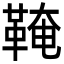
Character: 𩋊